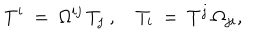
LaTeX: T ^ { i } \ = \ \Omega ^ { i j } \, T _ { j } ~ , \quad T _ { i } \ = \ T ^ { j } \, \Omega _ { j i } ,